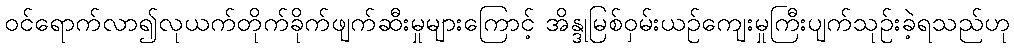
ဝင်ရောက်လာ၍လုယက်တိုက်ခိုက်ဖျက်ဆီးမှုများကြောင့် အိန္ဒုမြစ်ဝှမ်းယဉ်ကျေးမှုကြီးပျက်သုဉ်းခဲ့ရသည်ဟု